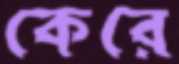
কেরে